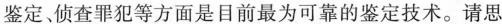
鉴定侦查罪犯等方面是目前最为可靠的鉴定技术。请思